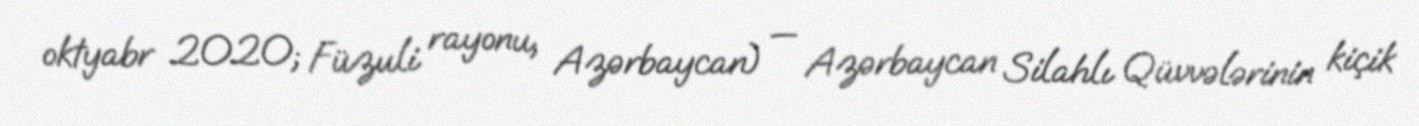
oktyabr 2020; Füzuli rayonu, Azərbaycan) — Azərbaycan Silahlı Qüvvələrinin kiçik